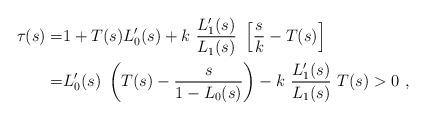
LaTeX: \begin{align*}\tau(s) = & 1 + T(s) L_0'(s) + k\ \frac{L_1'(s)}{L_1(s)} \ \left[ \frac{s}{k} - T(s) \right] \\= & L_0'(s)\ \left( T(s) - \frac{s}{1-L_0(s)} \right) - k\ \frac{L_1'(s)}{L_1(s)} \ T(s) > 0\ ,\end{align*}